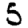
Digit: 5